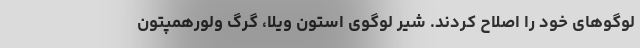
لوگوهای خود را اصلاح کردند. شیر لوگوی استون ویلا، گرگ وُلورهمپتون